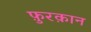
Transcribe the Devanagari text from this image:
फ़ुरक़ान